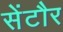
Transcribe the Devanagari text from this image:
सेंटौर